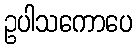
ဥပါသကောပေ